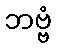
ဘဗ္ဗံ